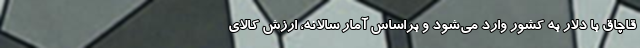
قاچاق با دلار به کشور وارد می‌شود و براساس آمار سالانه، ارزش کالای